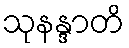
သုနန္ဒာတိ